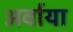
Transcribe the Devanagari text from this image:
अर्वाया